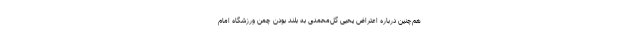
هم‌چنین درباره اعتراض یحیی گل‌محمدی به بلند بودن چمن ورزشگاه امام